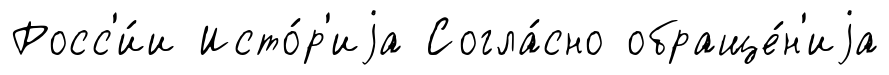
Росс'и́и Исто́р'иjа Согла́сно обраще́н'иjа